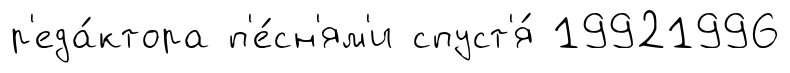
р'еда́ктора п'е́сн'ям'и спуст'я́ 19921996